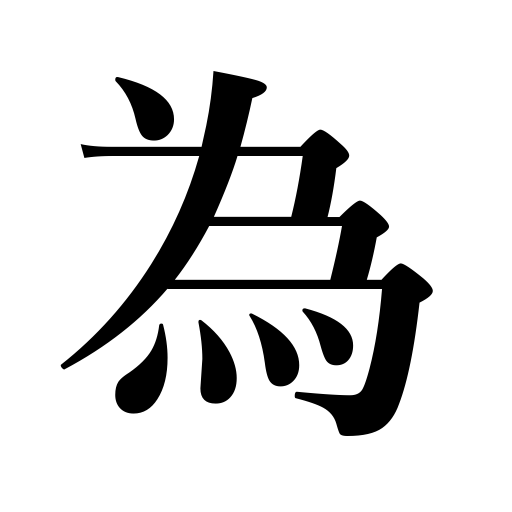
Meanings: be of use,reach to,change